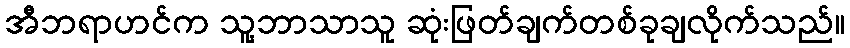
အီဘရာဟင်က သူ့ဘာသာသူ ဆုံးဖြတ်ချက်တစ်ခုချလိုက်သည်။